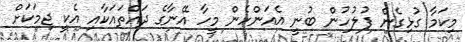
މިކަމާ ގުޅިގެން ފުލުހުން ބުނީ އެއަންހެން މީހާ އޭނާގެ ދައްތައަކާއި އެކީ ޖިމަކަށް